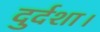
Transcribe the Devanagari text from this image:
दुर्दशा।